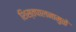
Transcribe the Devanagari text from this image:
शिस्तपालनामुळे